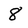
Character: 8